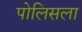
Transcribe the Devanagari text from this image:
पोलिसला